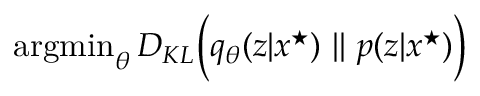
\begin{array} { r l } { { } } & { { } \operatorname * { a r g m i n } _ { \theta } D _ { K L } \Big ( q _ { \theta } ( z | x ^ { \star } ) \ | | \ p ( z | x ^ { \star } ) \Big ) } \end{array}